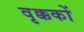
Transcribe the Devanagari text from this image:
वृक्ककों